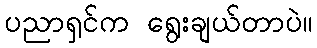
ပညာရှင်က ရွေးချယ်တာပဲ။